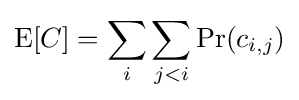
\operatorname {E} [C]=\sum _{i}\sum _{j<i}\Pr(c_{i,j})